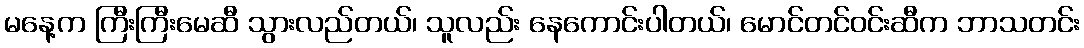
မနေ့က ကြီးကြီးမေဆီ သွားလည်တယ်၊ သူလည်း နေကောင်းပါတယ်၊ မောင်တင်ဝင်းဆီက ဘာသတင်း